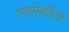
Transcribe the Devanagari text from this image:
एकमेकीला